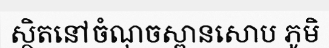
ស្ថិតនៅចំណុចស្ពានសោប ភូមិ